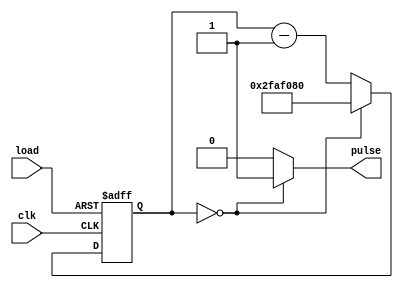
//ratedivider for the 50_Mhz clock, divides for 1 second

module ratedivider(clk, pulse, load);
	input load;
	input clk;
	output pulse;	
	reg [28:0] counter;
	
	always @(posedge clk, negedge load)
		begin
			if (~load)
				counter = 50000000;
			else
				begin
				counter <= counter - 1;
				if (counter == 0)
					begin 
						counter <= 50000000;
					end
				end
		end
	

	assign pulse = (counter == 0) ? 1 : 0;
	
endmodule